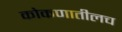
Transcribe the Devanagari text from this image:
कोकणातीलच